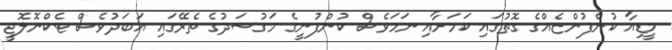
މީޑިއާ ކުންފުންޏެއްގެ ގޮތުގައި ކަމަށާއި ނަމަވެސް ކުންފުނީގެ މަގުސަދުގެ ތެރޭގައި އަބަދުވެސް ޓެކްނޮލޮޖީ